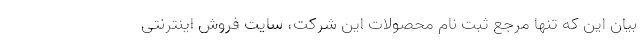
بیان این که تنها مرجع ثبت نام محصولات این شرکت،‌ سایت فروش اینترنتی